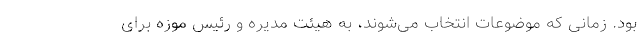
بود. زمانی که موضوعات انتخاب می‌شوند، به هیئت مدیره و رئیس موزه برای